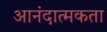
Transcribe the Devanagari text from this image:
आनंदात्मकता